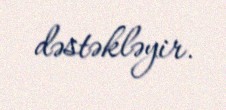
dəstəkləyir.